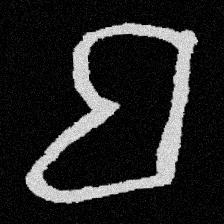
Pyu character \u2014 Myanmar letter: ဗ (romanized: ba)